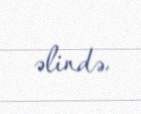
əlində.